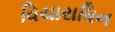
વિચારાધિન